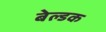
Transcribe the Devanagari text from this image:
बेल्डक